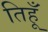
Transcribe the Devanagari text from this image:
तिहूँ